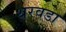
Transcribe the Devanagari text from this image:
थरवडा